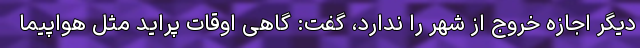
دیگر اجازه خروج از شهر را ندارد، گفت: گاهی اوقات پراید مثل هواپیما